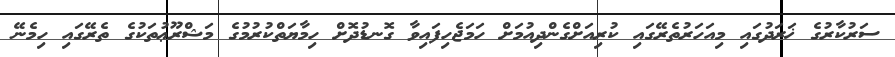
ސަރުކާރުގެ ޚަރަދުގައި މިއަހަރުތެރޭގައި ކުރިއަށްގެންދިއުމަށް ހަމަޖެހިފައިވާ ގޮނޑުދޮށް ހިމާޔަތްކުރުމުގެ މަޝްރޫޢުތަކުގެ ތެރޭގައި ހިމެނޭ